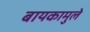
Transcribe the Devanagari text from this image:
बायकामुले